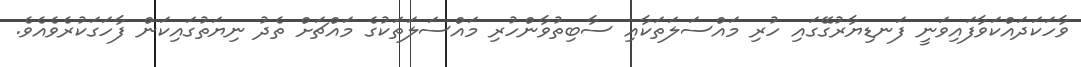
ވާހަކަދައްކަވާފައިވަނީ ފަނޑިޔާރުގޭގައި ހުރި މައްސަލަތަކާއި ސާބިތުވާންހުރި މައްސަލަތަކުގެ މައްޗަށް ތެދު ނިޔަތުގައިކަން ފާހަގަކުރެވެއެވެ.